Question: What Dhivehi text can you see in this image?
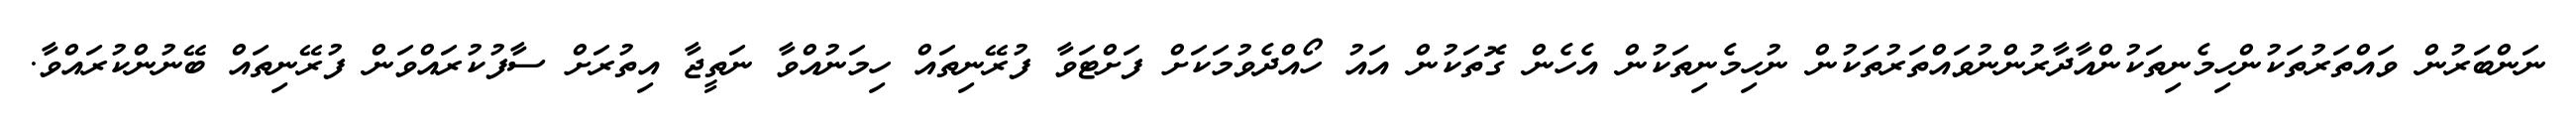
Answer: ނަންބަރުން ވައްތަރުތަކުންހިމެނިތަކުންއާދާރުންނުވައްތަރުތަކުން ނުހިމެނިތަކުން އެހެން ގޮތަކުން އައު ހޯއްދެވުމަކަށް ފަށްޓަވާ ފުރޭނިތައް ހިމަނުއްވާ ނަތީޖާ އިތުރަށް ސާފުކުރައްވަން ފުރޭނިތައް ބޭނުންކުރައްވާ.